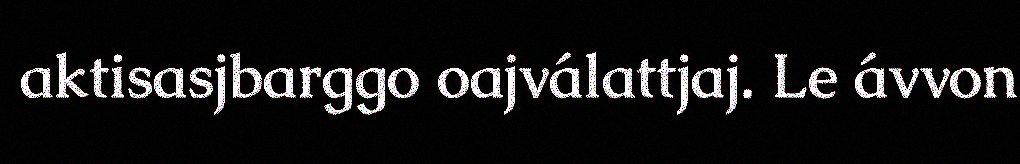
aktisasjbarggo oajválattjaj. Le ávvon